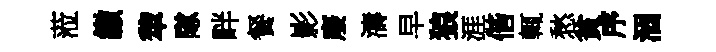
蒞繳犂隊畔餐影廢濤早狼涯偕輒愁貧序涸